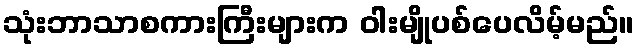
သုံးဘာသာစကားကြီးများက ဝါးမျိုပစ်ပေလိမ့်မည်။